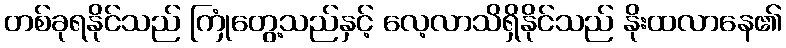
တစ်ခုရနိုင်သည် ကြုံတွေ့သည်နှင့် လေ့လာသိရှိနိုင်သည် နိုးထလာနေ၏